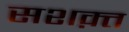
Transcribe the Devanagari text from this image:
सशक़्त